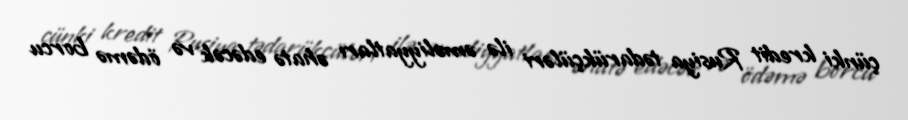
çünki kredit Rusiya tədarükçüləri ilə əməliyyatları əhatə edəcək və ödəmə borcu